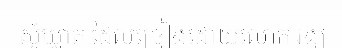
ស៊ូឃ្លាត ដែលច្រៀងដោយលោក វង្ស